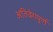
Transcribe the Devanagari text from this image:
अतिवेगपूर्ण